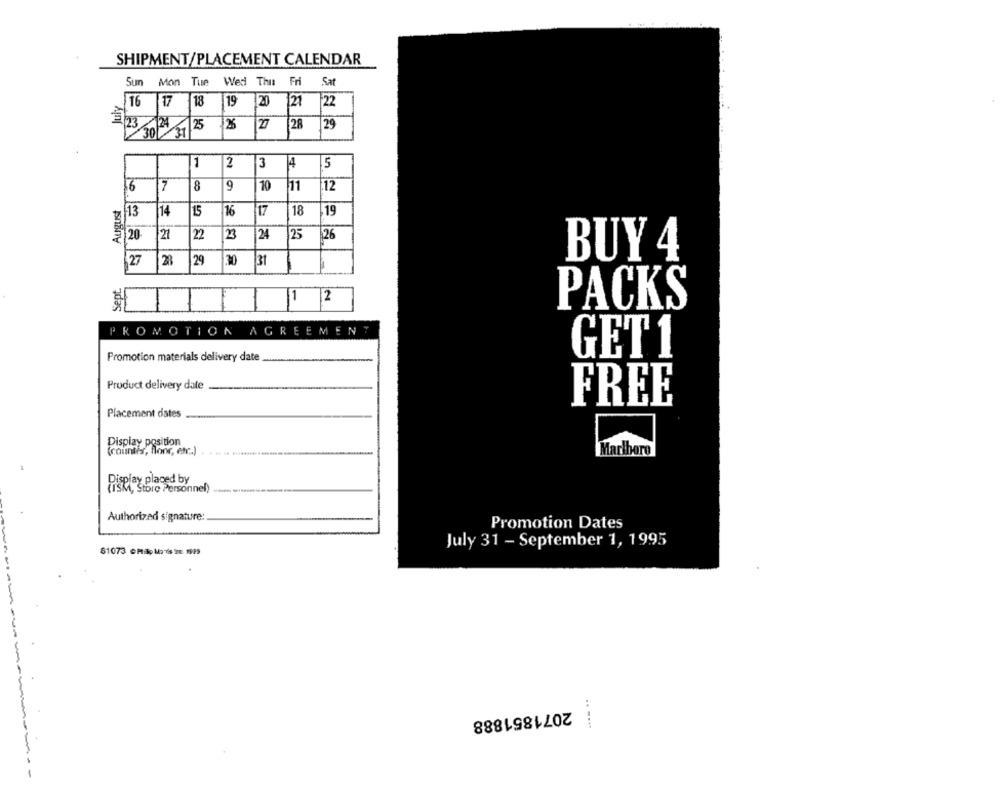
. .
SHIPMENT/PLACEMENT CALENDAR
Sun
Mon Tue
Wed Thu Fri
Sat
16 17
18
19
20
121
22
301 31 25 25
27
28
29
1
2
3
4
5
-
16
7
8
9
10
71
12
12 13
14
15
16
17
18
19
20
21
22
23
24
25
26
27
28
29
.30
BUY 4
31
Sept.
1 |2
1
PACKS
PROMOTION AGR
EMEN
Promotion materials delivery date
GET 1
Product delivery date
FREE
Placement dates
Display position
(countis, floor, etc.)
Marlboro
Display placed by
(ISM, Store Personnel)
Authorized signature:
Promotion Dates
July 31 - September 1, 1995
81073 OMIS: Ma's : WPS
2071851888
..-...